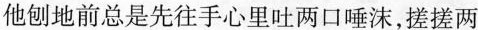
他刨地前总是先往手心里吐两口唾沫，搓搓两